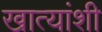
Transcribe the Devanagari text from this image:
खात्यांशी